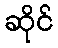
ဆိုင်